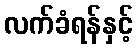
လက်ခံရန်နှင့်